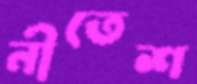
নীতেশ